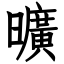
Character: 曠